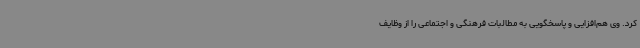
کرد. وی هم‌افزایی و پاسخگویی به مطالبات فرهنگی و اجتماعی را از وظایف